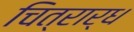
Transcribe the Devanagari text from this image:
चित्रार्ध